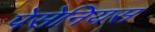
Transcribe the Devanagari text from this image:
पेसेनियस